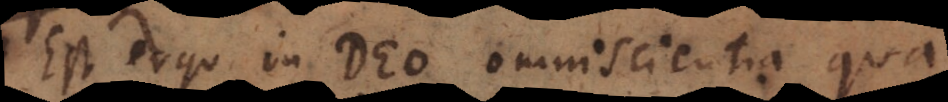
Est ergo in Deo omniscientia qua